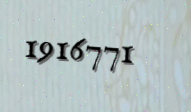
1916771